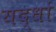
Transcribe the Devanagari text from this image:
यद्धों